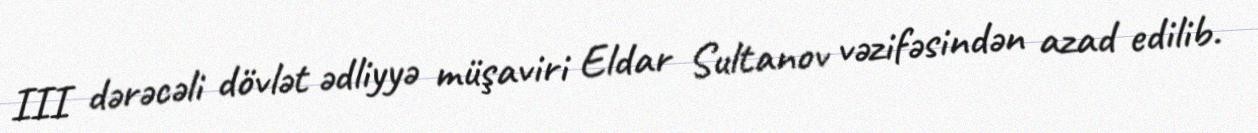
III dərəcəli dövlət ədliyyə müşaviri Eldar Sultanov vəzifəsindən azad edilib.